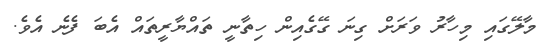
މާލޭގައި މިހާރު ވަރަށް ގިނަ ގޭގެއިން ހިތާނީ ތައްޔާރީތައް އެބަ ފެނެ އެވެ.